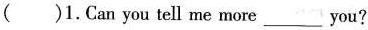
( )1.Can you tell me more___you?